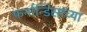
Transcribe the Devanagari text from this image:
फर्नान्डिसांच्या